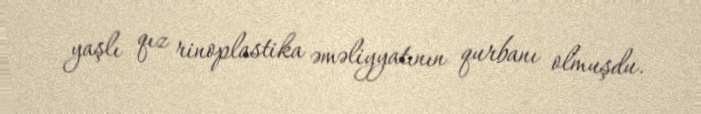
yaşlı qız rinoplastika əməliyyatının qurbanı olmuşdu.